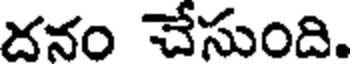
దనం చేసుంది.